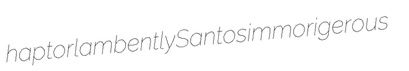
haptor lambently Santos immorigerous